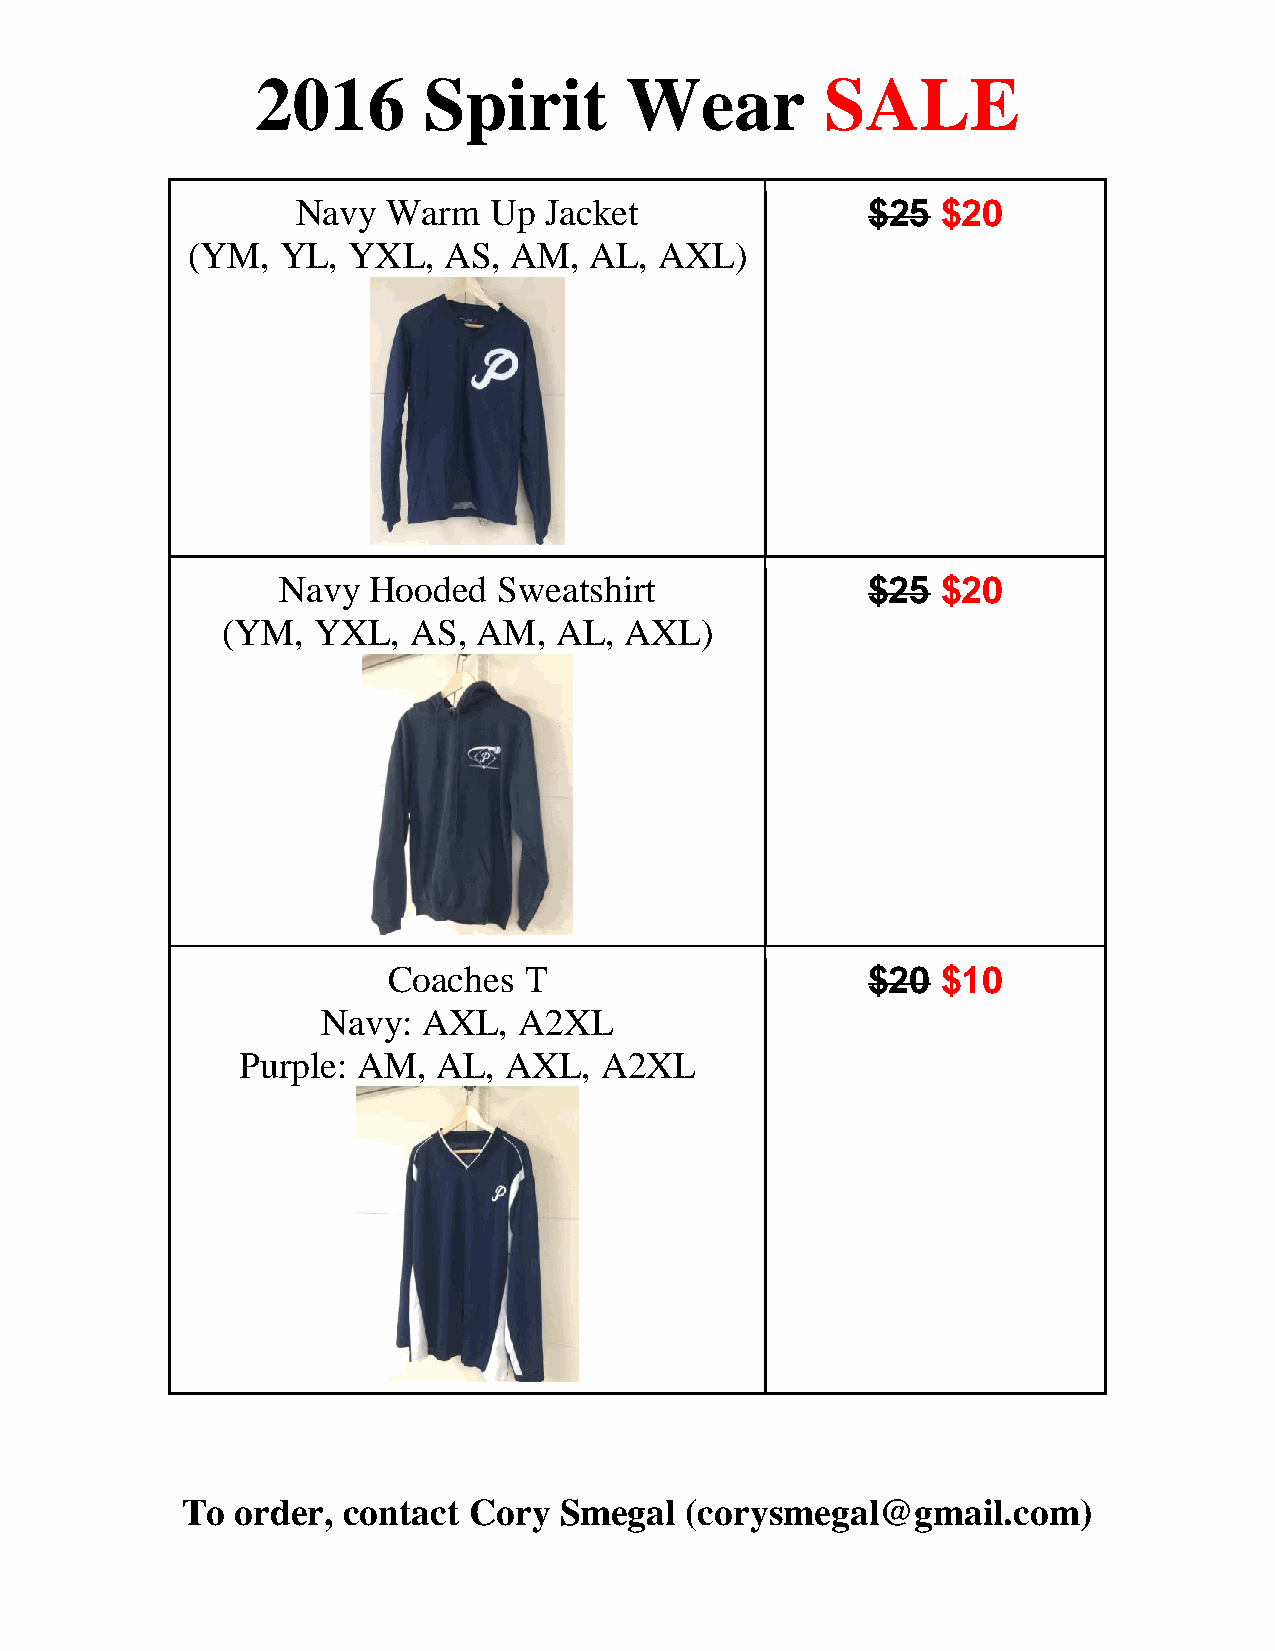
2016       Spirit       Wear          SALE
 Navy  Warm  Up  Jacket               $25  $20
 (YM,   YL, YXL,  AS,  AM,  AL,  AXL)
 Navy  Hooded   Sweatshirt              $25  $20
 (YM,  YXL,  AS,  AM,  AL, AXL)
 Coaches  T                     $20  $10
 Navy:  AXL,  A2XL
 Purple: AM,  AL, AXL,   A2XL
 To  order, contact Cory  Smegal  (corysmegal@gmail.com)